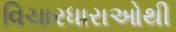
વિચારધારાઓથી